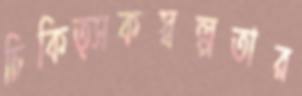
চিকিত্সকস্বল্পতার